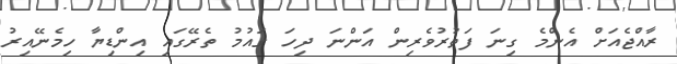
ރާއްޖެއަށް އެންމެ ގިނަ ފަތުރުވެރިން އަންނަ ދިހަ ގައުމު ތެރޭގައި އިންޑިޔާ ހިމެނޭއިރު